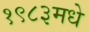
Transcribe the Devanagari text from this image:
१९८३मधे